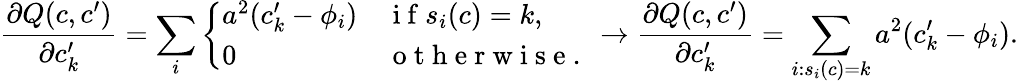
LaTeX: \frac{\partial Q(c,c^{\prime})}{\partial c_{k}^{\prime}}=\sum_{i}\left\{ \begin{array}{ll}{a^{2}(c_{k}^{\prime}-\phi_{i})}&{\mathrm{~i~f~}s_{i}(c)=k,}\\ {0}&{\mathrm{~o~t~h~e~r~w~i~s~e~.~}}\end{array}\right.\rightarrow\frac{\partial Q(c,c^{\prime})}{\partial c_{k}^{\prime}}=\sum_{i:s_{i}(c)=k}a^{2}(c_{k}^{\prime}-\phi_{i}).